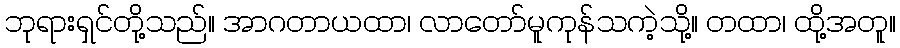
ဘုရားရှင်တို့သည်။ အာဂတာယထာ၊ လာတော်မူကုန်သကဲ့သို့။ တထာ၊ ထို့အတူ။